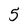
Character: 5